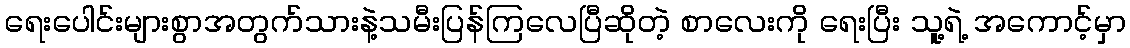
ရေးပေါင်းများစွာအတွက်သားနဲ့သမီးပြန်ကြလေပြီဆိုတဲ့ စာလေးကို ရေးပြီး သူ့ရဲ့ အကောင့်မှာ